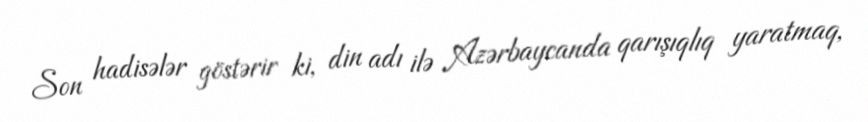
Son hadisələr göstərir ki, din adı ilə Azərbaycanda qarışıqlıq yaratmaq,